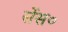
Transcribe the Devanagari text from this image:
सेंस०